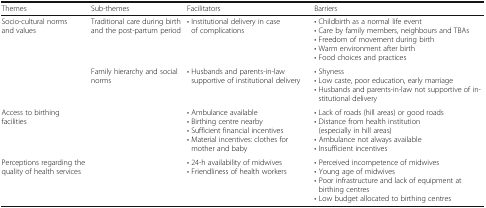
<table><thead><tr><td><b>Themes</b></td><td><b>Sub-themes</b></td><td><b>Facilitators</b></td><td><b>Barriers</b></td></tr></thead><tbody><tr><td>Socio-cultural norms and values</td><td>Traditional care during birth and the post-partum period</td><td>• Institutional delivery in case of complications</td><td>• Childbirth as a normal life event• Care by family members, neighbours and TBAs• Freedom of movement during birth• Warm environment after birth• Food choices and practices</td></tr><tr><td></td><td>Family hierarchy and social norms</td><td>• Husbands and parents-in-law supportive of institutional delivery</td><td>• Shyness• Low caste, poor education, early marriage• Husbands and parents-in-law not supportive of institutional delivery</td></tr><tr><td>Access to birthing facilities</td><td></td><td>• Ambulance available• Birthing centre nearby• Sufficient financial incentives• Material incentives: clothes for mother and baby</td><td>• Lack of roads (hill areas) or good roads• Distance from health institution (especially in hill areas)• Ambulance not always available• Insufficient incentives</td></tr><tr><td>Perceptions regarding the quality of health services</td><td></td><td>• 24-h availability of midwives• Friendliness of health workers</td><td>• Perceived incompetence of midwives• Young age of midwives• Poor infrastructure and lack of equipment at birthing centres• Low budget allocated to birthing centres</td></tr></tbody></table>